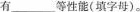
有___等性能(填字母)。